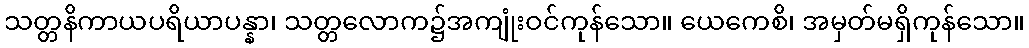
သတ္တနိကာယပရိယာပန္နာ၊ သတ္တလောက၌အကျုံးဝင်ကုန်သော။ ယေကေစိ၊ အမှတ်မရှိကုန်သော။